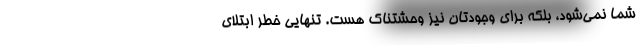
شما نمی‌شود، بلکه برای وجودتان نیز وحشتناک هست. تنهایی خطر ابتلای